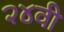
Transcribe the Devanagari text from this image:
२४वी